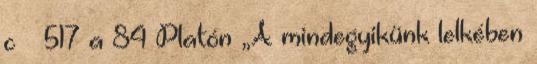
c – 517 a 84 Platón „A mindegyikünk lelkében